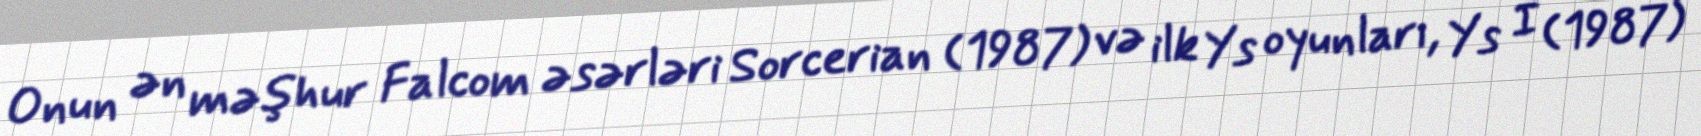
Onun ən məşhur Falcom əsərləri Sorcerian (1987) və ilk Ys oyunları, Ys I (1987)